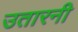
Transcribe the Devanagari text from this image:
उतारनी